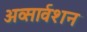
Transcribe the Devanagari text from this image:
अव्सार्वशन